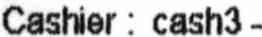
CASHIER : CASH3 -